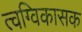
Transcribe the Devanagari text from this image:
त्वग्विकासक